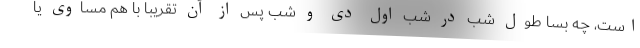
است، چه بسا طول شب در شب اول دی و شب پس از آن تقریبا با هم مساوی یا